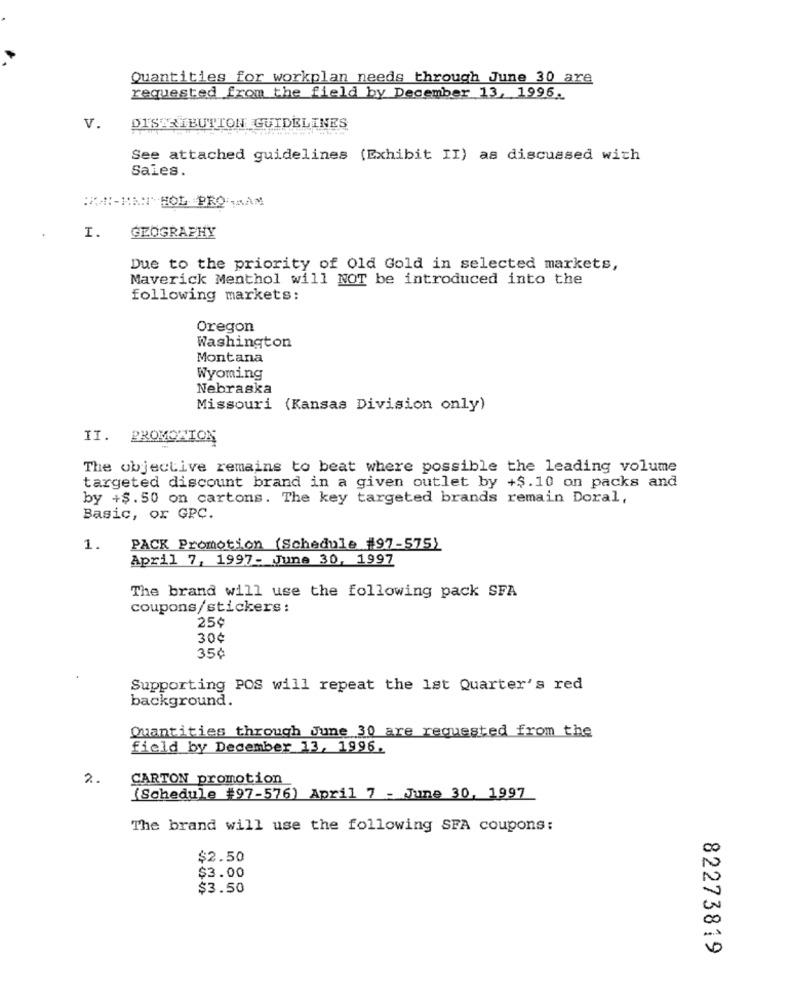
Quantities for workplan needs through June 30 are
requested from the field by December 13, 1996.
V.
DISTRIBUTION GUIDELINES
See attached guidelines (Exhibit II) as discussed with
Sales.
I.
GEOGRAPHY
Due to the priority of Old Gold in selected markets,
Maverick Menthol will NOT be introduced into the
following markets:
Oregon
Washington
Montana
Wyoming
Nebraska
Missouri (Kansas Division only)
II. PROMOZION
The objective remains to beat where possible the leading volume
targeted discount brand in a given outlet by +$.10 on packs and
by +$. 50 on cartons. The key targeted brands remain Doral,
Basic, or GPC.
1.
PACK Promotion (Schedule #97-575)
April 7, 1997- June 30, 1997
The brand will use the following pack SFA
coupons/stickers :
25¢
30¢
35¢
Supporting POS will repeat the 1st Quarter's red
background.
Quantities through June 30 are requested from the
field by December 13, 1996.
2.
CARTON promotion
(Schedule #97-576) April 7 - June 30, 1997
The brand will use the following SFA coupons:
$2.50
$3.00
$3.50
82273819